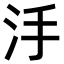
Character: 𣲬